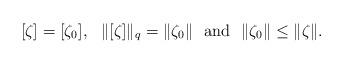
LaTeX: \begin{align*} [\zeta] = [\zeta_0],\ \ \|[\zeta]\|_q = \|\zeta_0\|\ \ \mbox{and}\ \ \|\zeta_0\| \leq \|\zeta\|.\end{align*}